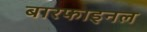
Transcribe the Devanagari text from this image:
बारफाइनल